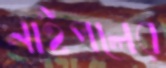
নাইপলের